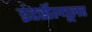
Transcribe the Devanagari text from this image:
इंटर्सेल्यूलर